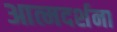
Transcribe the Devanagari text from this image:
आत्मदर्शना